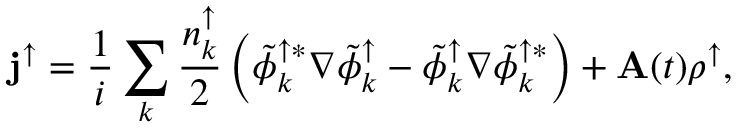
{ \bf j } ^ { \uparrow } = \frac { 1 } { i } \sum _ { k } { \frac { n _ { k } ^ { \uparrow } } { 2 } \left( \tilde { \phi } _ { k } ^ { \uparrow * } \nabla \tilde { \phi } _ { k } ^ { \uparrow } - \tilde { \phi } _ { k } ^ { \uparrow } \nabla \tilde { \phi } _ { k } ^ { \uparrow * } \right) } + { \bf A } ( t ) \rho ^ { \uparrow } ,